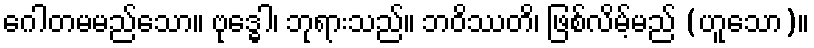
ဂေါတမမည်သော။ ဗုဒ္ဓေါ၊ ဘုရားသည်။ ဘဝိဿတိ၊ ဖြစ်လိမ့်မည် (ဟူသော)။